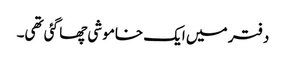
دفتر میں ایک خاموشی چھا گئی تھی۔